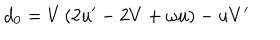
LaTeX: d _ { 0 } = V \left( 2 u ^ { \prime } - 2 V + \omega u \right) - u V ^ { \prime }